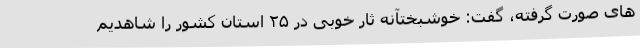
های صورت گرفته، گفت: خوشبختآنه ثار خوبی در ۲۵ استان کشور را شاهدیم